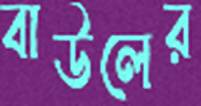
বাউলের